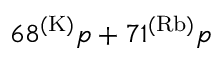
6 8 ^ { ( \mathrm { K ) } } p + 7 1 ^ { ( \mathrm { R b ) } } p